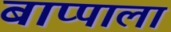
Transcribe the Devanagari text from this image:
बाप्पाला